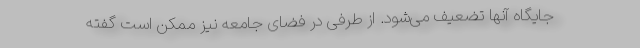
جایگاه آنها تضعیف می‌شود. از طرفی در فضای جامعه نیز ممکن است گفته